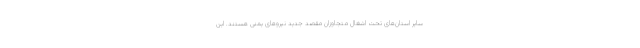
سایر استان‌های تحت اشغال متجاوزان مقصد جدید نیروهای یمنی هستند. این